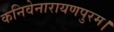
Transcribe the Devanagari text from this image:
कनिवेनारायणपुरम।